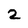
Character: 2